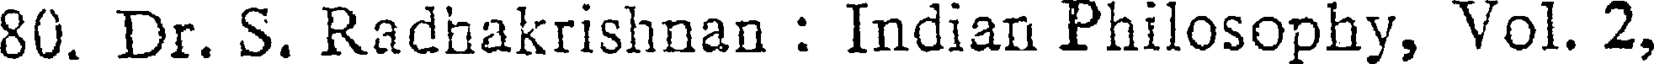
80. Dr. S. Radhakrishnan : Indian Philosophy, Vol. 2,